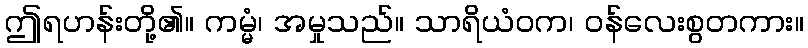
ဤရဟန်းတို့၏။ ကမ္မံ၊ အမှုသည်။ သာရိယံဝက၊ ဝန်လေးစွတကား။